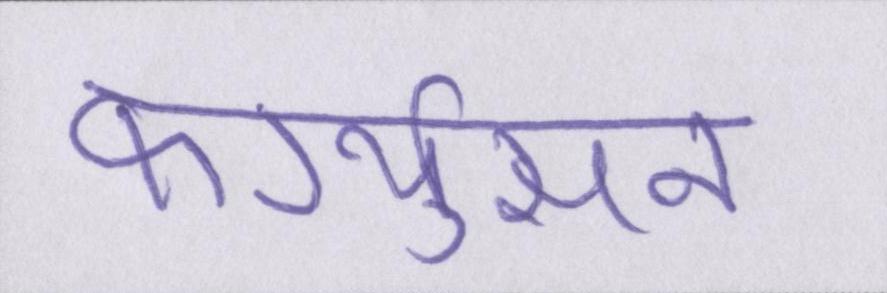
फर्ग्युसन